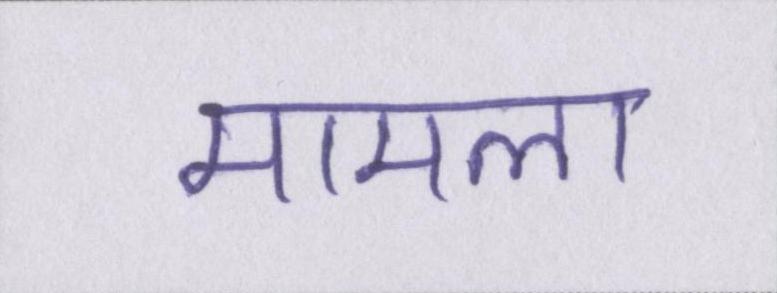
मामला